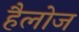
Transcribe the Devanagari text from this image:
हैलोज